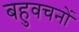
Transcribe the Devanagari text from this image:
बहुवचनों